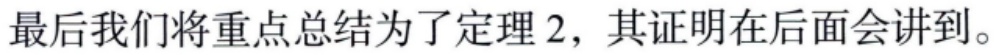
最后我们将重点总结为了定理 2，其证明在后面会讲到。